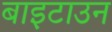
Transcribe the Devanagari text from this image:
बाइटाउन